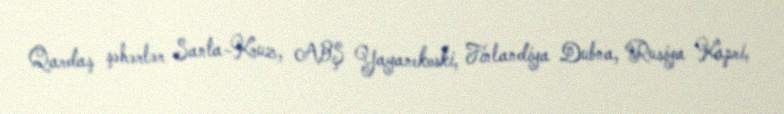
Qardaş şəhərlər Santa-Kruz, ABŞ Yayanekoski, Finlandiya Dubna, Rusiya Kapri,